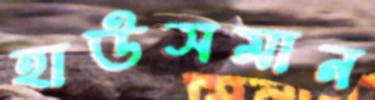
হাউসমান